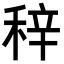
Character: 𥞽